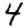
Digit: 4